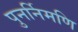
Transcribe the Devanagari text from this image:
पुनर्निमणि